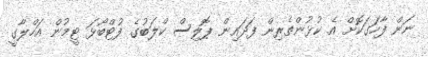
ނަން ފާހަގަކޮށް އެ ކުޅުންތެރިން ފަދައިން ޕޮލިސް ކްލަބުގެ ފުޓްބޯޅަ ޓީމުން އަހްލާގީ